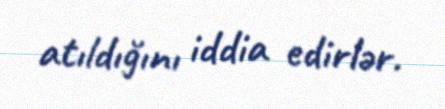
atıldığını iddia edirlər.